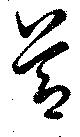
節